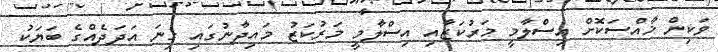
ވަކިން ޚާއްސަކޮށް އިސްލާމީ މަރުކަޒާއި އިސްލާމީ މަރުކަޒު މައިދާނުގައި ގިނަ އަދަދެއްގެ ބަޔަކު